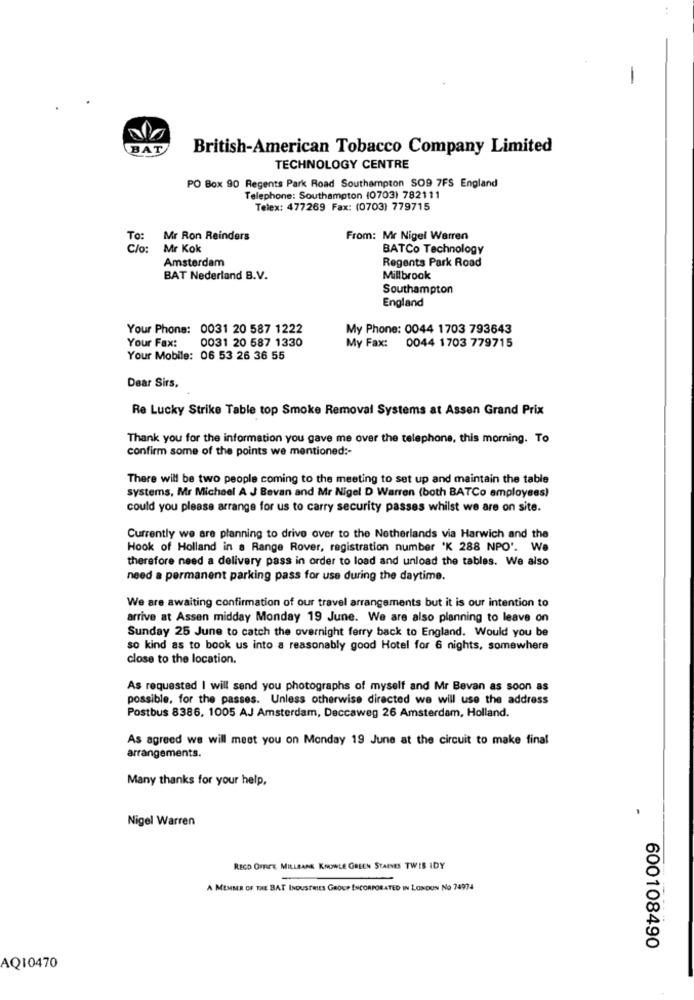
BAT
British-American Tobacco Company Limited
TECHNOLOGY CENTRE
PO Box 90 Regents Park Road Southampton SO9 7FS England
Telephone: Southampton (0703) 782111
Telex: 477269 Fax: (0703) 779715
To: Mr Ron Reinders
From: Mr Nigel Warren
C/o:
Mr Kok
BATCo Technology
Amsterdam
Regents Park Road
BAT Nederland B.V.
Millbrook
Southampton
England
Your Phone: 0031 20 587 1222
My Phone: 0044 1703 793643
Your Fax: 0031 20 587 1330
My Fax: 0044 1703 779715
Your Mobile: 06 53 26 36 55
Dear Sirs,
Re Lucky Strike Table top Smoke Removal Systems at Assen Grand Prix
Thank you for the information you gave me over the telephone, this morning. To
confirm some of the points we mentioned :-
There will be two people coming to the meeting to set up and maintain the table
systems, Mr Michael A J Bevan and Mr Nigel D Warren (both BATCo employees)
could you please arrange for us to carry security passes whilst we are on site.
Currently we are planning to drive over to the Netherlands via Harwich and the
Hook of Holland in a Range Rover, registration number 'K 288 NPO'. We
therefore need a delivery pass in order to load and unload the tables. We also
need a permanent parking pass for use during the daytime.
We are awaiting confirmation of our travel arrangements but it is our intention to
arrive at Assen midday Monday 19 June. We are also planning to leave on
Sunday 25 June to catch the overnight ferry back to England. Would you be
so kind as to book us into a reasonably good Hotel for 6 nights, somewhere
close to the location.
As requested I will send you photographs of myself and Mr Bevan as soon as
possible, for the passes. Unless otherwise directed we will use the address
Postbus 8386, 1005 AJ Amsterdam, Deccaweg 26 Amsterdam, Holland.
As agreed we will meet you on Monday 19 June at the circuit to make final
arrangements.
Many thanks for your help,
Nigel Warren
-
RECO OFFICE MILLEANK KNOWLE GREEN STAINES TWIS IDY
A MEMBER OF THE BAT INDUSTRIES GROUP INCORPORATED IN LONDON No 74974
600108490
AQ10470